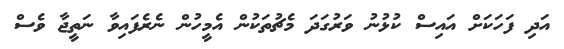
އަދި ފަހަކަށް އައިސް ކުޅުނު ވަރުގަދަ މެޗުތަކުން އެމީހުން ނެރެފައިވާ ނަތީޖާ ވެސް